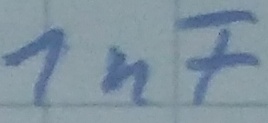
Text: 1µF